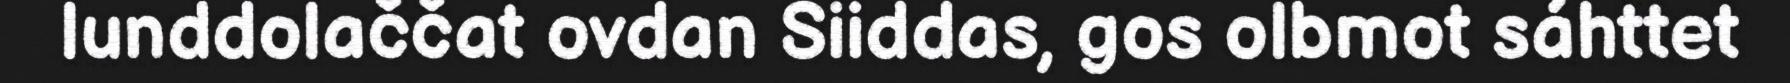
lunddolaččat ovdan Siiddas, gos olbmot sáhttet